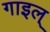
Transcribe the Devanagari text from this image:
गाइल्